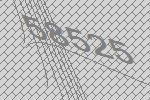
58525